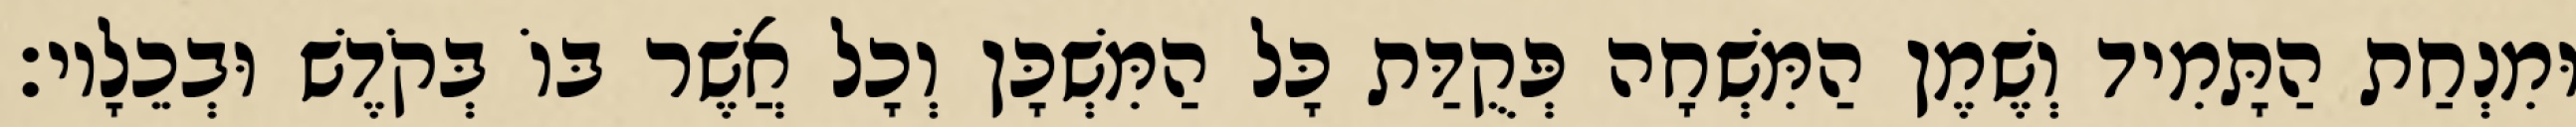
וּמִנְחַת הַתָּמִיד וְשֶׁמֶן הַמִּשְׁחָה פְּקֻדַּת כָּל הַמִּשְׁכָּן וְכָל אֲשֶׁר בּוֹ בְּקֹדֶשׁ וּבְכֵלָיו׃